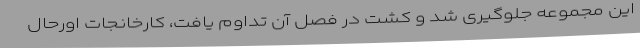
این مجموعه جلوگیری شد و کشت در فصل آن تداوم یافت، کارخانجات اورحال